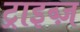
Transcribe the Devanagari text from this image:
ट्राइब्ज़